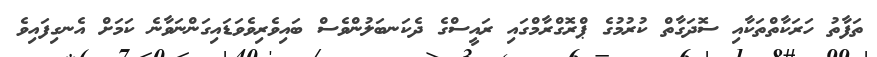
ތަފާތު ހަރަކާތްތަކާއި ސޮދަގާތް ކުރުމުގެ ޕްރޮގްރާމްގައި ރައީސްގެ ދެކަނބަލުންވެސް ބައިވެރިވެވަޑައިގަންނަވާނެ ކަމަށް އެނގިފައިވެ